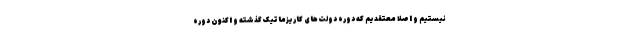
نیستیم و اصلاً معتقدیم که دوره دولت‌های کاریزماتیک گذشته و اکنون دوره